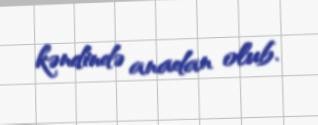
kəndində anadan olub.